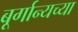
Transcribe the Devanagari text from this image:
बूर्गान्यच्या